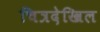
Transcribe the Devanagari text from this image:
चित्रदेखिल